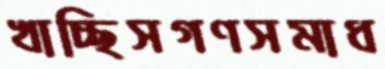
খাচ্ছিসগণসমাধ